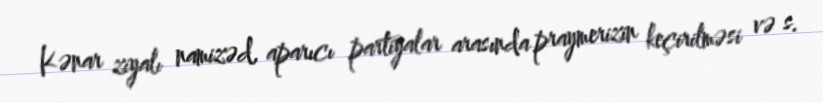
Kənar ziyalı namizəd, aparıcı partiyalar arasında praymerizin keçirilməsi və s.